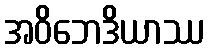
အဝိဘေဒိယာဿ